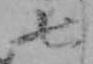
七